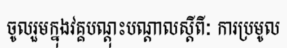
ចូលរួមក្នុងវគ្គបណ្តុះបណ្តាលស្តីពីៈ ការប្រមូល